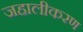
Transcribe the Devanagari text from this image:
जहालीकरण